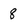
Character: 8